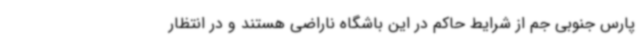
پارس جنوبی جم از شرایط حاکم در این باشگاه ناراضی هستند و در انتظار